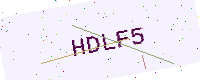
Text: HDLF5